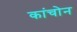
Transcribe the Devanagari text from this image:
कांचोन